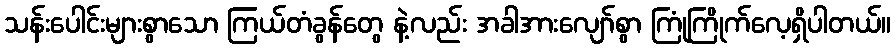
သန်းပေါင်းများစွာသော ကြယ်တံခွန်တွေ နဲ့လည်း အခါအားလျော်စွာ ကြုံကြိုက်လေ့ရှိပါတယ်။